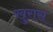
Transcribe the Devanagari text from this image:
खुरास